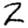
Digit: 2